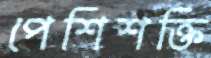
পেশিশক্তি